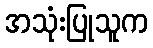
အသုံးပြုသူက